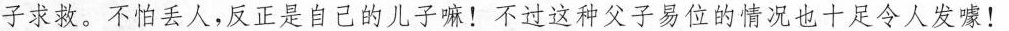
子求救、不怕丢人，反正是自己的儿子嘛！不过这种父子易位的情况也十足令人发嚎！